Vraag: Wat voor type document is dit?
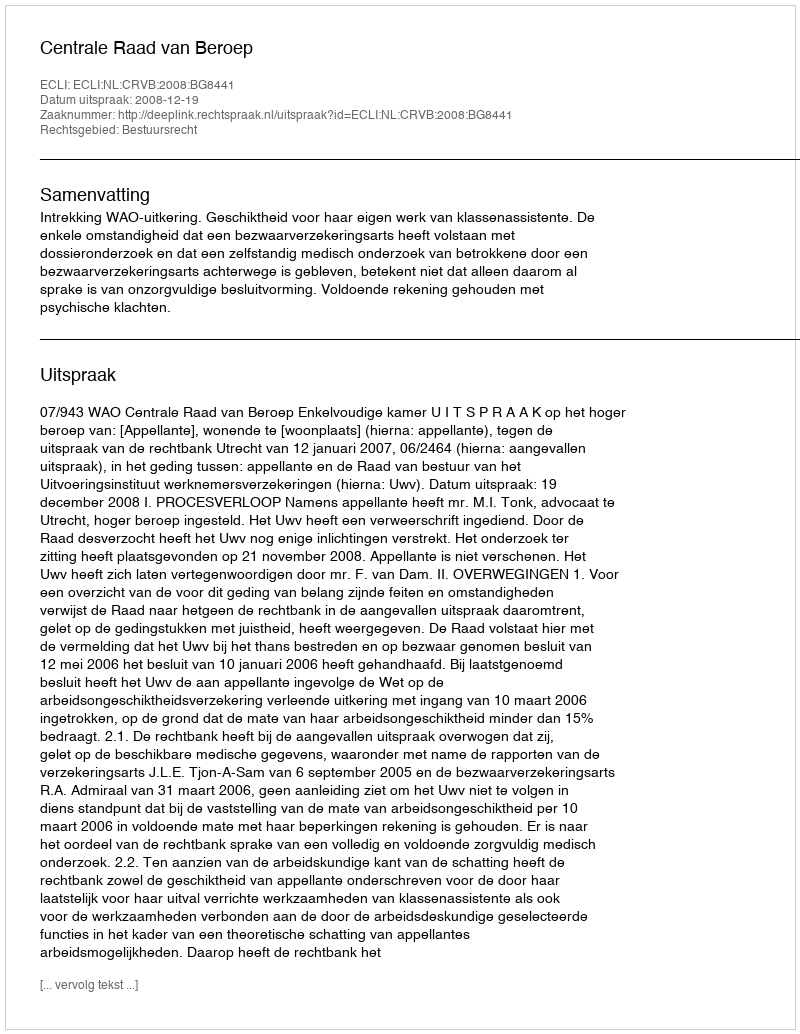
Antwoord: Uitspraak